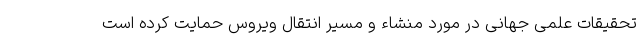
تحقیقات علمی جهانی در مورد منشاء و مسیر انتقال ویروس حمایت کرده است